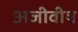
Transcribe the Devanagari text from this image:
अजीवीय